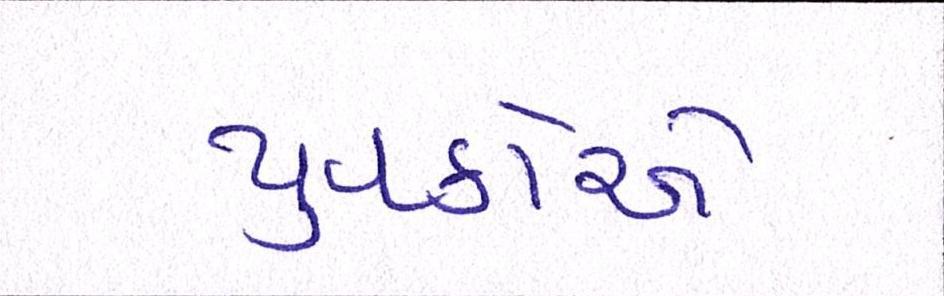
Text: યુવકોએ